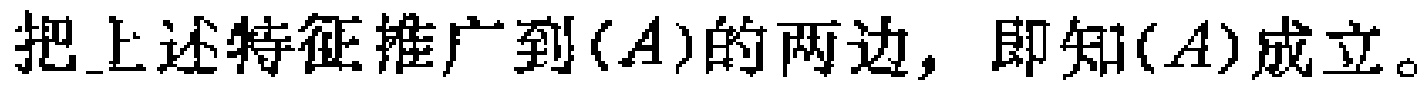
把上述特征推广到\((A)\)的两边，即知\((A)\)成立。